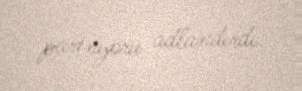
partnyoru adlandırdı.